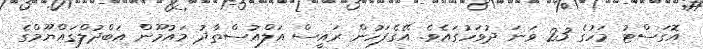
އޮގަސްޓު މަހުގެ 23 ވަނަ ދުވަހުގައެވެ. އޭގެފަހުން ރައީސް އަލްއުސްތާޛު މައުމޫން އަބްދުލްގައްޔޫމްގެ